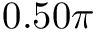
0 . 5 0 \pi